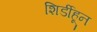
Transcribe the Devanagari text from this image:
शिर्डीहून